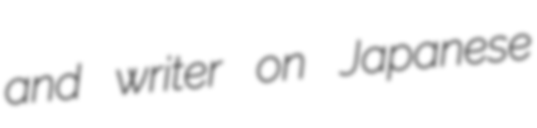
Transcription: and writer on Japanese